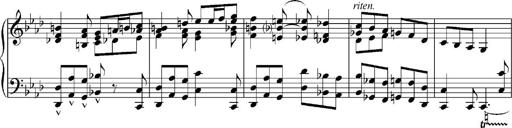
Title: Sonatina No.5
Composer: Otto Stoll
Key: F-sharp minor